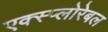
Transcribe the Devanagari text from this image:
एक्स्प्लोरेबल